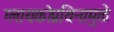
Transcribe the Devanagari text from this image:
ग्लायकोप्रथिनामुळे